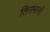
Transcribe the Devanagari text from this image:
तिसमानों